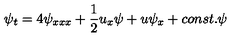
\psi _ { t } = 4 \psi _ { x x x } + { \frac { 1 } { 2 } } u _ { x } \psi + u \psi _ { x } + c o n s t . \psi